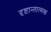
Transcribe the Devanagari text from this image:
दृष्टान्तात्मक